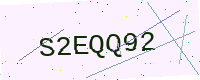
Text: S2EQQ92